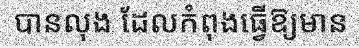
បានលុង ដែលកំពុងធ្វើឱ្យមាន